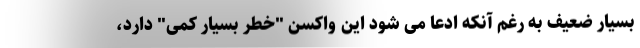
بسیار ضعیف به رغم آنکه ادعا می شود این واکسن "خطر بسیار کمی" دارد،